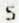
5